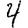
Digit: 4